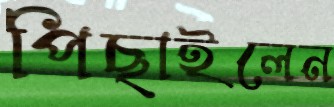
পিছাইলেন